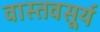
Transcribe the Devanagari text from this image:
वास्तवसूर्य